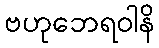
ဗဟုဘေရဝါနိ